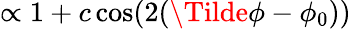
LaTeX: \propto 1+c\cos(2(\Tilde{\phi}-\phi_{0}))